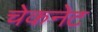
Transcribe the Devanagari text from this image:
चेकनेट